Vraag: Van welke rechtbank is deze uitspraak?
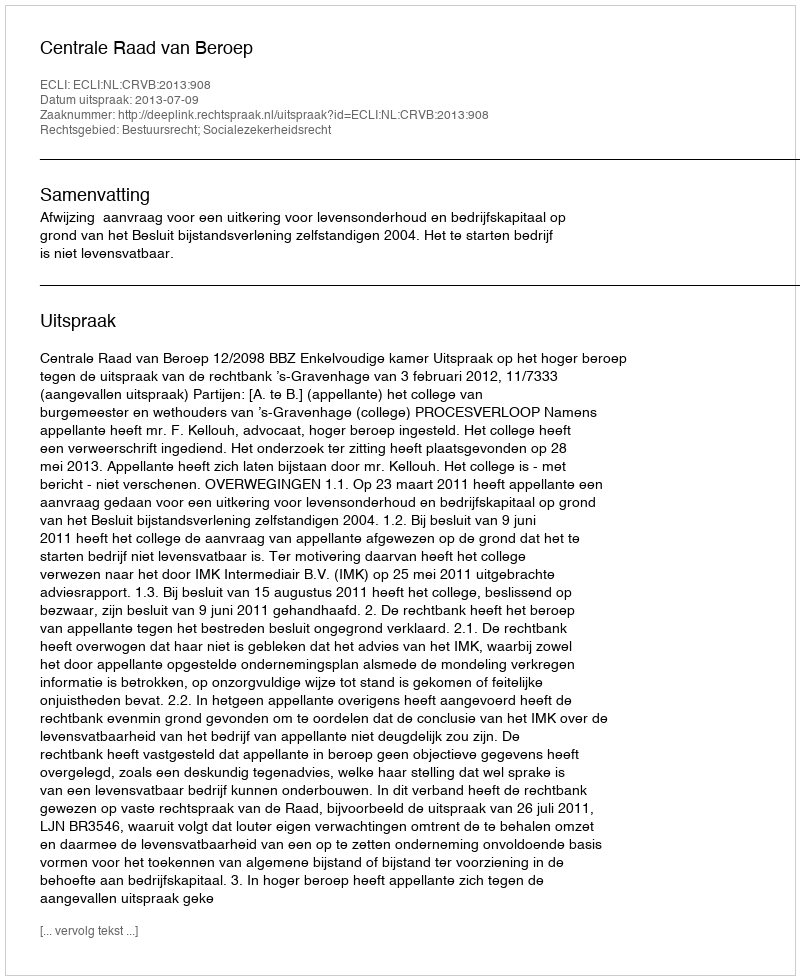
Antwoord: Centrale Raad van Beroep